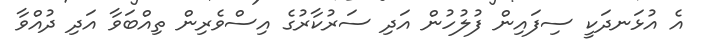
އެ އުޅަނދަކީ ސިފައިން ފުލުހުން އަދި ސަރުކާރުގެ އިސްވެރިން ތިއްބަވާ އަދި ދުއްވާ